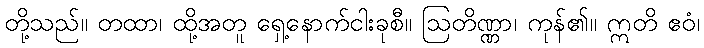
တို့သည်။ တထာ၊ ထို့အတူ ရှေ့နောက်ငါးခုစီ။ ဩတိဏ္ဏာ၊ ကုန်၏။ ဣတိ ဧဝံ၊